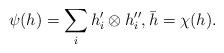
LaTeX: \begin{align*}\psi(h) = \sum_i h'_i\otimes h_i'',\bar{h} = \chi(h).\end{align*}